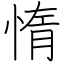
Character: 惰